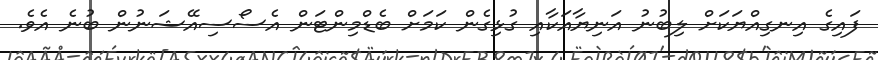
ފައިގެ އިނގިއްޔަކަށް ލިބުނު އަނިޔާއަކާއި ގުޅިގެން ކަމަށް ބެޑްމިންޓަން އެސޯސިއޭޝަނުން ބުނެ އެވެ.